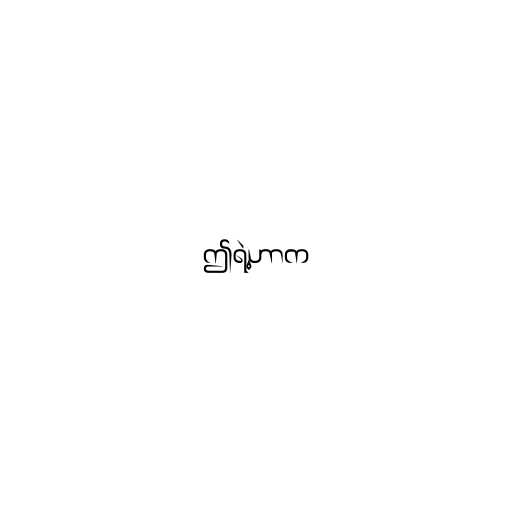
ဤရဲ့ဟာက